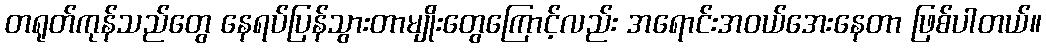
တရုတ်ကုန်သည်တွေ နေရပ်ပြန်သွားတာမျိုးတွေကြောင့်လည်း အရောင်းအဝယ်အေးနေတာ ဖြစ်ပါတယ်။